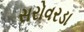
સરોવરડા